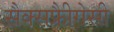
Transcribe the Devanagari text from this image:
सैक्सफ्रीैगेसी